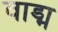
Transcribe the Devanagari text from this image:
वाड्म